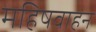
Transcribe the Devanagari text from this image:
महिषवाहन